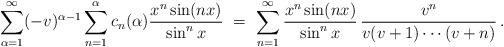
LaTeX: \begin{align*} \ \ \sum_{\alpha=1}^{\infty} (-v)^{\alpha-1} \sum_{n=1}^{\alpha} c_{n}(\alpha) \frac{x^n\sin(nx)}{\sin^nx} \ =\ \sum_{n=1}^{\infty}\frac{x^n\sin(nx)}{\sin^nx} \, \frac{v^n}{v(v+1) \cdots (v+n)}\,. \end{align*}